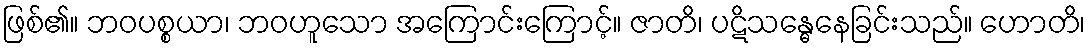
ဖြစ်၏။ ဘဝပစ္စယာ၊ ဘဝဟူသော အကြောင်းကြောင့်။ ဇာတိ၊ ပဋိသန္ဓေနေခြင်းသည်။ ဟောတိ၊